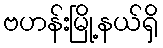
ဗဟန်းမြို့နယ်ရှိ